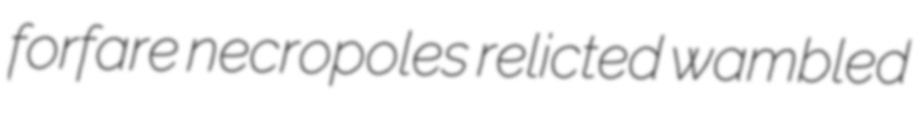
forfare necropoles relicted wambled